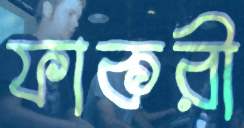
ফাকরী